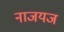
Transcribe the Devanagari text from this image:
नाजयज